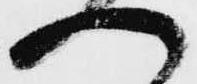
へ